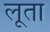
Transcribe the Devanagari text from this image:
लूता